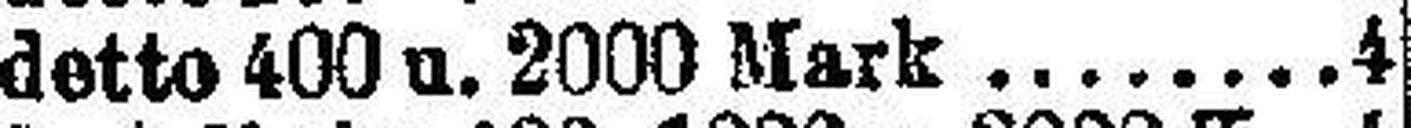
detto 400 u. 2000 Mark 4